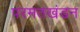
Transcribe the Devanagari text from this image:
परमतखंडन